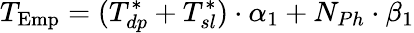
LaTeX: T_{\mathrm{Emp}}=(T_{dp}^{*}+T_{sl}^{*})\cdot\alpha_{1}+N_{Ph}\cdot\beta_{1}